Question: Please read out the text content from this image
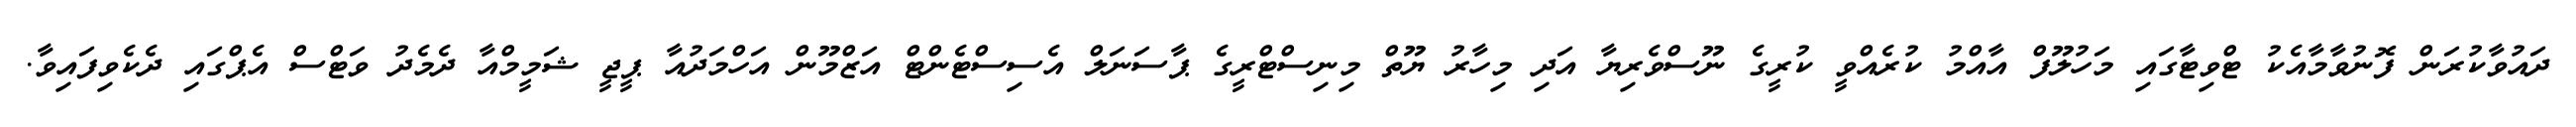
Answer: ދައުވާކުރަން ފޮނުވާމާއެކު ޓްވިޓާގައި މަހުލޫފް އާއްމު ކުރެއްވީ ކުރީގެ ނޫސްވެރިޔާ އަދި މިހާރު ޔޫތް މިނިސްޓްރީގެ ޕާސަނަލް އެސިސްޓެންޓް އަޒްމޫން އަހްމަދުއާ ޕީޖީ ޝަމީމްއާ ދެމެދު ވަޓްސް އެޕްގައި ދެކެވިފައިވާ.